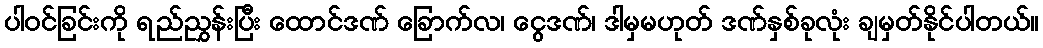
ပါဝင်ခြင်းကို ရည်ညွှန်းပြီး ထောင်ဒဏ် ခြောက်လ၊ ငွေဒဏ်၊ ဒါမှမဟုတ် ဒဏ်နှစ်ခုလုံး ချမှတ်နိုင်ပါတယ်။